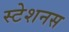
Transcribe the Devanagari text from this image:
स्टेशनस